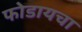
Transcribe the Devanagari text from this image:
फोडायचा